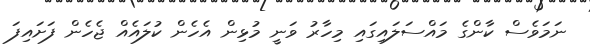
ނަމަވެސް ކާންގެ މައްސަލައިގައި މިހާރު ވަނީ މުޅިން އެހެން ކުލައެއް ޖެހެން ފަށައިފަ